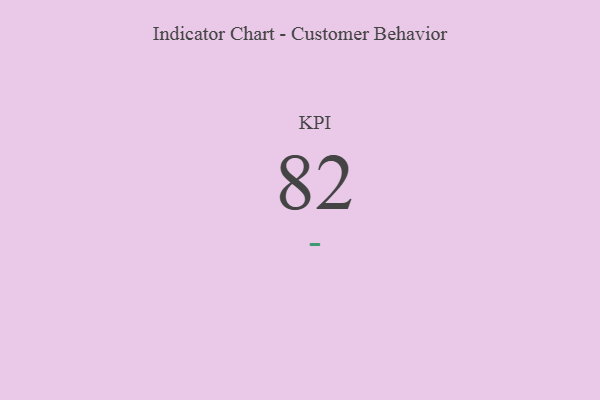
{"axis": {"x": "KPI", "y": "Value"}, "legend": [""], "data": [{"x": "KPI", "y": 82, "type": ""}]}